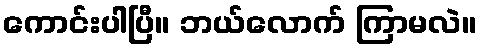
ကောင်းပါပြီ။ ဘယ်လောက် ကြာမလဲ။